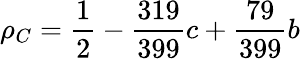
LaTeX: \rho_{C}=\frac{1}{2}-\frac{319}{399}c+\frac{79}{399}b